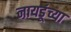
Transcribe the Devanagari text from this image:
नायडूंच्या